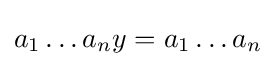
a_{1}\dots a_{n}y=a_{1}\dots a_{n}